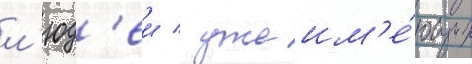
л'юд'еи / уже им'е́ющих